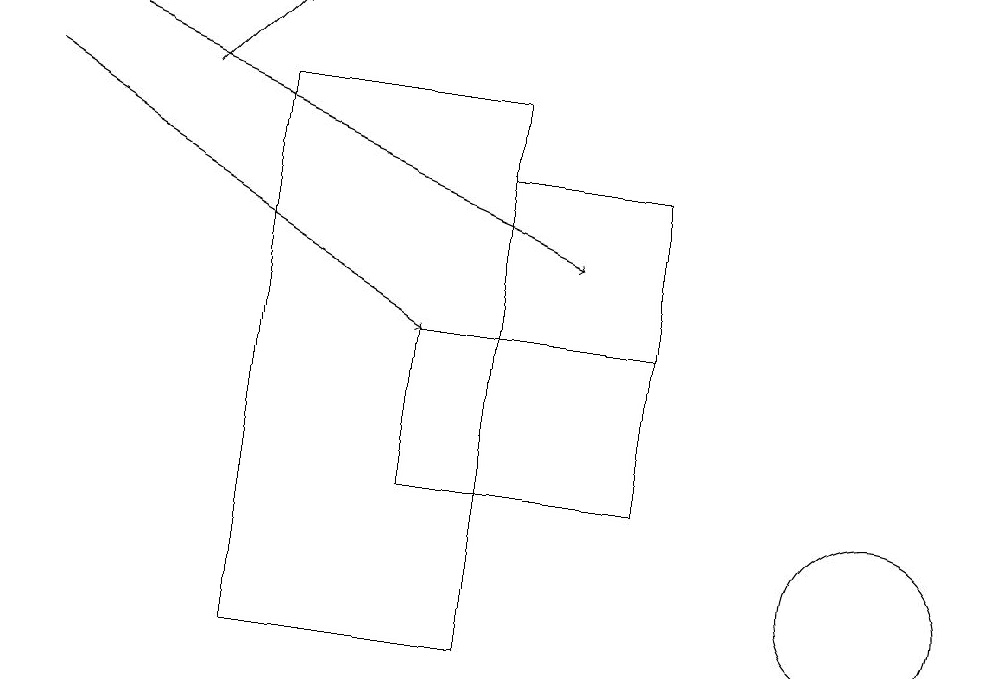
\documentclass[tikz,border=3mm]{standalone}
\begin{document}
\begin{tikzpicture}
\draw (6,17) rectangle (6,11);
\draw (3,10) rectangle (6,17);
\draw[->] (2,17) -- (3,18);
\draw (11,11) circle (1);
\draw (8,16) rectangle (6,14);
\draw[->] (0,17) -- (5,14);
\draw[->] (0,18) -- (7,15);
\draw (8,14) rectangle (5,12);
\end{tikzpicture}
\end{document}